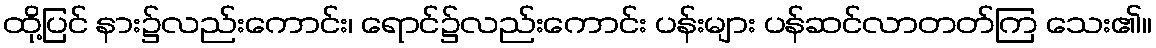
ထို့ပြင် နား၌လည်းကောင်း၊ ရောင်၌လည်းကောင်း ပန်းများ ပန်ဆင်လာတတ်ကြ သေး၏။